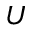
U